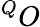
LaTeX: ^QO